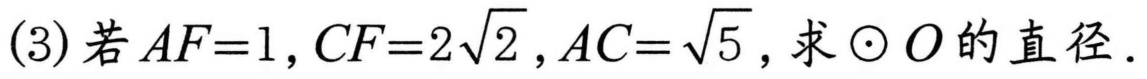
(3)若\(AF = 1,CF = 2\sqrt{2},AC=\sqrt{5}\)，求\(\odot O\)的直径.